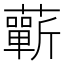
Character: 蘄